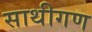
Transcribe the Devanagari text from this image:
साथीगण